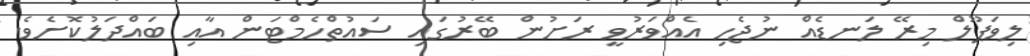
ލިވަޕޫލް މިރޭ ލަނޑެއް ނުޖެހި އެއްވަރުވީ ރަށުން ބޭރުގައި ސައުތްހެމްޓަން އާއި ބައްދަލުކޮށެވެ.